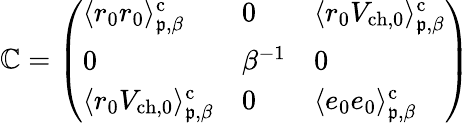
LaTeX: \mathsfit{\mathbb{C}}=\left(\begin{array}{lll}{\langle r_{0}r_{0}\rangle_{\mathfrak{p},\beta}^{\mathrm{c}}}&{0}&{\langle r_{0}V_{\mathrm{ch,0}}\rangle_{\mathfrak{p},\beta}^{\mathrm{c}}}\\ {0}&{\beta^{-1}}&{0}\\ {\langle r_{0}V_{\mathrm{ch,0}}\rangle_{\mathfrak{p},\beta}^{\mathrm{c}}}&{0}&{\langle e_{0}e_{0}\rangle_{\mathfrak{p},\beta}^{\mathrm{c}}}\end{array}\right)